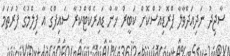
ސާޖިދު ނަދިއަދްވާލާ ޕްރޮޑިއުސްކޮށް ކަބީރް ޚާން ޑައިރެކްޓްކުރާ ސައިފްގެ އާ ފިލްމުގެ ފުރަތަމަ